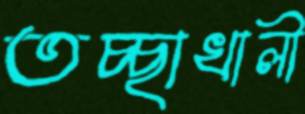
তচ্ছাখালী